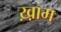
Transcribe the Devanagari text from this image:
ख़़ाम